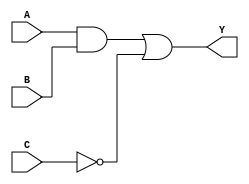
module combinational_logic_block (
    input wire A,    // Input A
    input wire B,    // Input B
    input wire C,    // Input C
    output wire Y    // Output Y
);

// Internal signals for gate-level implementation
wire and_output;   // Output of the AND gate
wire not_output;   // Output of the NOT gate

// Logic implementation
// AND operation: A AND B
and u1 (and_output, A, B);

// NOT operation: NOT C
not u2 (not_output, C);

// OR operation: (A AND B) OR (NOT C)
or u3 (Y, and_output, not_output);

endmodule